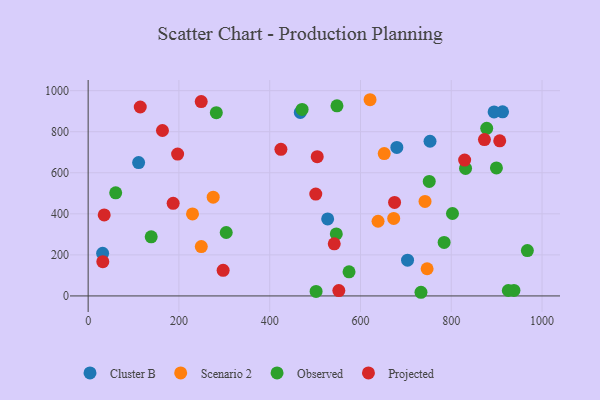
{"axis": {"x": "Speed", "y": "Sales"}, "legend": ["Cluster B", "Observed", "Projected", "Scenario 2"], "data": [{"x": "527.7", "y": 375.0, "type": "Cluster B"}, {"x": "680.1", "y": 723.6, "type": "Cluster B"}, {"x": "111.2", "y": 649.9, "type": "Cluster B"}, {"x": "467.4", "y": 894.1, "type": "Cluster B"}, {"x": "913.0", "y": 896.8, "type": "Cluster B"}, {"x": "894.4", "y": 896.4, "type": "Cluster B"}, {"x": "31.9", "y": 207.5, "type": "Cluster B"}, {"x": "703.7", "y": 174.2, "type": "Cluster B"}, {"x": "753.2", "y": 753.7, "type": "Cluster B"}, {"x": "249.3", "y": 240.6, "type": "Scenario 2"}, {"x": "275.5", "y": 481.0, "type": "Scenario 2"}, {"x": "742.2", "y": 460.6, "type": "Scenario 2"}, {"x": "746.8", "y": 132.3, "type": "Scenario 2"}, {"x": "229.9", "y": 399.5, "type": "Scenario 2"}, {"x": "652.3", "y": 693.5, "type": "Scenario 2"}, {"x": "638.7", "y": 363.8, "type": "Scenario 2"}, {"x": "673.2", "y": 377.5, "type": "Scenario 2"}, {"x": "621.1", "y": 955.9, "type": "Scenario 2"}, {"x": "938.1", "y": 26.7, "type": "Observed"}, {"x": "574.8", "y": 117.6, "type": "Observed"}, {"x": "751.5", "y": 558.1, "type": "Observed"}, {"x": "925.7", "y": 26.5, "type": "Observed"}, {"x": "548.2", "y": 926.1, "type": "Observed"}, {"x": "784.3", "y": 260.7, "type": "Observed"}, {"x": "831.5", "y": 621.2, "type": "Observed"}, {"x": "304.2", "y": 309.1, "type": "Observed"}, {"x": "802.7", "y": 401.6, "type": "Observed"}, {"x": "733.3", "y": 17.8, "type": "Observed"}, {"x": "60.7", "y": 502.2, "type": "Observed"}, {"x": "546.7", "y": 301.9, "type": "Observed"}, {"x": "471.4", "y": 908.8, "type": "Observed"}, {"x": "878.1", "y": 816.5, "type": "Observed"}, {"x": "899.5", "y": 623.7, "type": "Observed"}, {"x": "282.4", "y": 892.6, "type": "Observed"}, {"x": "502.2", "y": 22.1, "type": "Observed"}, {"x": "138.9", "y": 288.1, "type": "Observed"}, {"x": "967.7", "y": 221.0, "type": "Observed"}, {"x": "187.3", "y": 451.3, "type": "Projected"}, {"x": "197.1", "y": 690.9, "type": "Projected"}, {"x": "504.7", "y": 678.2, "type": "Projected"}, {"x": "249.1", "y": 947.1, "type": "Projected"}, {"x": "675.1", "y": 455.5, "type": "Projected"}, {"x": "501.5", "y": 496.1, "type": "Projected"}, {"x": "35.4", "y": 394.5, "type": "Projected"}, {"x": "542.2", "y": 254.0, "type": "Projected"}, {"x": "829.5", "y": 662.0, "type": "Projected"}, {"x": "873.1", "y": 761.9, "type": "Projected"}, {"x": "552.3", "y": 26.2, "type": "Projected"}, {"x": "906.8", "y": 755.6, "type": "Projected"}, {"x": "163.7", "y": 805.9, "type": "Projected"}, {"x": "114.8", "y": 920.4, "type": "Projected"}, {"x": "32.3", "y": 166.8, "type": "Projected"}, {"x": "297.4", "y": 124.5, "type": "Projected"}, {"x": "424.7", "y": 714.2, "type": "Projected"}]}